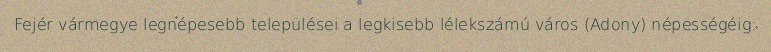
Fejér vármegye legnépesebb települései a legkisebb lélekszámú város (Adony) népességéig: